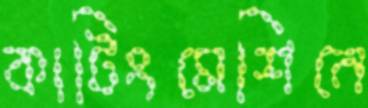
কাটিংমেশিনে